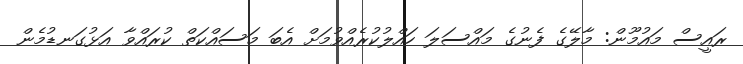
ރައީސް މައުމޫން: މާލޭގެ ފެނުގެ މައްސަލަ ހައްލުކުރެއްވުމަށް އެބަ މަސައްކަތް ކުރައްވާ އަޅުގަނޑުމެން